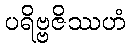
ပရိဗ္ဗဇိဿဟံ